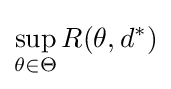
\sup _{\theta \in \Theta }R(\theta ,d^{*})